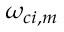
\omega _ { { c i } , m }